Vital statistics of India. Vol. V, Reports of 1876 on armies & jails and on epidemic cholera
Year: 1876
Disease focus: Cholera
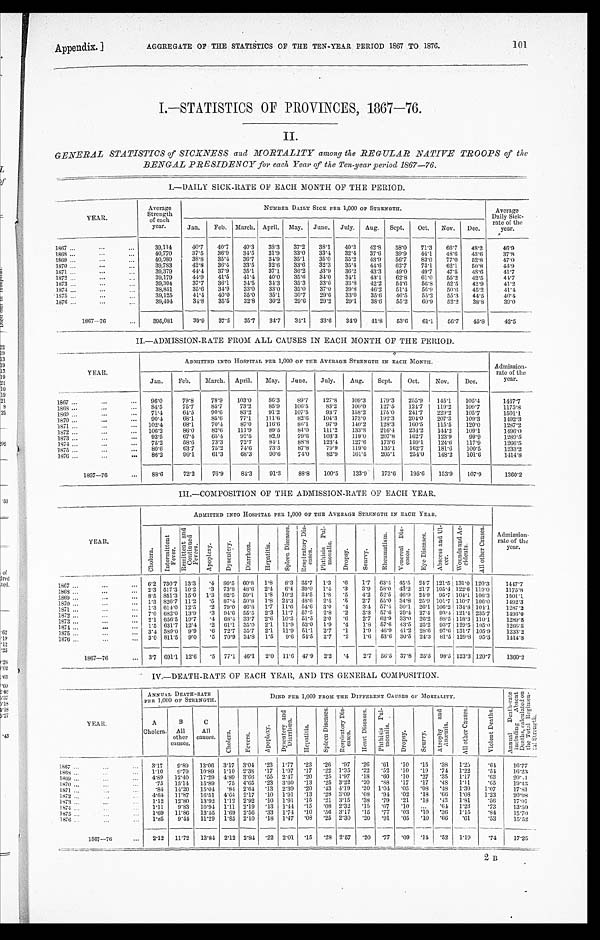
Appendix.] AGGREGATE OF THE STATISTICS OF THE TEN-YEAR PERIOD 1867 .TO 1876.101
I.—STATISTICS OF PROVINCES, 1867—76.
II.
GENERAL STATISTICS of SICKNESS and MORTALITY among the REGULAR NATIVE TROOPS of the
BENGAL PRESIDENCY for each Year of the Ten-year period 1867—76.
I.—DAILY SICK-RATE OF EACH MONTH OF THE PERIOD.
YEAR.
Average
Strength
of each
year.
NUMBER DAILY SICK PER 1,000 OP STRENGTH.
Average
Daily Sick-
rate of the
year.
Jan.
Feb.
March. April.
May.
June.
July.
Aug.
Sept.
Oct.
Nov.
Dec.
1867 . . .
39,114
40.7
40.7
40.3
38.3
37.2
38.1
40.3
42.8
58.0
71.3
66.7
48.2
46.9
1868 . . .
40,770
37.5
36.9
34.5
31.9
33.0
33.4
32.4
37.6
39.9
44.1
18.6
43.6
3 7 . 8
1869 . . .
40,080
38.8
35.4
36.7
34.9
35.1
35.0
35.2
43.9
56.7
83.0
77.0
52.8
47.0
1870 . . .
39,783
42.8
36.4
33.5
32.6
33.6
32.3
35.4
44.6
62.7
73.1
62.1
50.8
44.9
1871 . . .
39,379
44.4
37.9
35.1
37.1
36.2
33.9
36.2
43.3
49.0
49.7
47.5
48.6
4 1 . 7
1872 . . .
39,179
44.9
41.5
41.4
40.0
35.6
34.0
34.1
43.1
62.8
61.0
55.2
42.5
4 4 . 7
1873 . . .
39,304
37.7
36.1
34.5
34.3
35.3
33.6
33.8
42.2
54.6
56.8
52.5
42.9
4 1 . 2
1874 . . .
38,851
35.6
34.9
33.0
33.0
35.0
37.0
39.8
46.2
51.4
56.9
50.6
45.2
4 1 . 4
1875 . . .
39,125
41.4
40.0
35.0
35.1
30.7
29.6
33.0
35.6
46.5
55.2
55.3
44.5
4 0 . 4
1876 . . .
39,494
34.8
35.5
32.8
30.2
29.6
29.2
29.1
38.6
55.2
60.9
52.2
38.8
39.0
1867—76 . . .
395,081
39.9
37.5
35.7
34.7
34.1
33.6
34.9
41.8
53.6
61.1
56.7
45.8
42.5
II.—ADMISSION-RATE FROM ALL CAUSES IN EACH MONTH OF THE PERIOD.
YEAR.
ADMITTED INTO HOSPITAL PER 1,000 OF THE AVERAGE STRENGTH IN EACH MONTH.
Admission-
rate of the
year.
Jan.
Feb.
March.
April.
May.
June.
July.
Aug.
Sept.
Oct.
Nov.
Dec.
1867 . . .
9 6 . 0
79.8
78.9
103.0
86.3
89.7
127.8
109.3
179.3
255.9
145.1
105.4
1447.7
84.5
75.7
85.7
73.2
85.9
106.5
83.2
100.0
127.5
124.7
119.2
109.7
1175.8
1868 . . .
71.4
64.5
90.6
83.2
91.2
107.5
93.7
158.2
175.0
241.7
229.2
105.7
1501.1
1869 . . .
90.4
68.1
85.6
77.1
111.6
82.6
104.3
173.0
192.3
204.0
207.3
109.3
1492.3
1870 . . .
102.4
68.1
70.4
87.0
116.6
86.1
97.9
140.2
128.3
160.5
115.5
120.0
1287.2
1 8 7 1 . . .
106.2
86.0
82.6
111.9
89.5
84.0
111.2
133.8
216.4
234.2
144.2
109.1
1496.0
1872 . . .
93.5
67.4
65.4
92.5
82.9
79.6
103.3
119.0
207.8
162.7
123.9
99.9
1289.5
1873 . . .
75.2
58.0
73.3
72.7
84.1
88.8
123.4
127.6
173.6
159.1
124.6
117.9
1266.5
1874 . . .
80.6
63.7
75.2
74.6
73.3
87.8
79.9
119.0
135.1
162.7
181.6
100.5
1233.2
1 8 7 5 . . .
1876 . . .
86.2
90.1
61.3
68.3
90.6
74.0
82.9
161.5
205.1
254.0
148.2
101.6
1414.8
1867—76 . . .
88.6
72.2
76.9
84.3
91.3
88.8
100.5
133.9
173.6
195.6
153.9
107.9
1360.2
III.—COMPOSITION OF THE ADMISSION-RATE OF EACH YEAR.
Y E A R .
ADMITTED INTO HOSPITAL PER 1,000 OF THE AVERAGE STRENGTH IN EACH YEAR.
Admission-
rate of the y e a r .
C h o l e r a .
I n t e r mi t t e n t F e v e r .
R e m i t t e n t a n d C o n t i n u e d F e v e r s .
A p o p l e x y .
Dy s e n t e r y .
D i a r r h œ a .
H e p a t i t i s .
S p l e e n D i s e a s e s . R e s p i r a t o r y D i s - e a s e s .
P h t h i s i s P u l - m o n a l i s .
D r o p s y .
S c u r v y .
R h e u m a t i s m .
V e n e r e a l D i s - e a s e s .
E y e D i s e a s e s .
A b s c e s s a n d U l e e r .
Wo u n d s a n d A c - c i d e n t s .
A l l o t h e r C a u s e s .
1867 . . .
6.2 730.7 13.3
.4
80.5 60.8
1.8
8.3
35.7
1.3
.6
1.7 63.4 45.5
24.7 121.5 131.0 120.3
1447.7
2.3 517.3 10.2
.3
73.8 48.6
2.4
6.4
39.0
1.4
.3
3.9
58.0 43.2 21.7 105.4 122.6 119.0
1175.8
1868 . . .
8.5 851.3 15.0
1.3
82.5 59.1
1.8
10.2 34.5
1.8
.5
4.2
5 2 . 5 46.9 24.9
9 5 . 7 104. 1 106.3
1501.1
1869 . . .
1.3 826.7 11.2
.5
87.4 50.8
1. 8 24.3 48.6
2.4
.5
2.7
55.0 34.8 25.9 101.7 110.7 106.0
1 4 9 2 . 3
1870 . . .
1.3 614.0 12.5
.2
79.0 46.8
1.7
11.6
54.6
3.0
.4
3.4 57.4 30.1
26.1 106.2 134.8 104.1
1287.2
1871 . . .
7.0 682.0 13.9
.3
94.6 55.5
2.3
11.7
57.5
2.8
.2
3.3
57.6 29.4
27.4
9 3 . 4 121.4 235.7
1496.0
1872 . . .
2.1 656.5 19.7
.4
68.4 33.7
2.6
10.3 51.5
2.0
.6
2.7 62.9 33.0 26.2
88.5 118.3 110.1
1289.5
1873 . . .
1.5 631.7 12.4
.2
61.1
35.0
2.1
11.9
52.0
1.9
.4
1.8
57.6 43.5 25.2 93.7 129.5 105.0
1266.5
1874 . . .
3.4 589.0
9.9
. 6
72.7
35.7
2.1
11.9 51.1
2.7
.1
1.9 46.9 41.2 28.6 97.6 131.7 105.9
1233.2
1875. . .
3.0 811.5
9.0
.5
70.9 34.8
1.5
9.6
54.5
2.7
.2
1.6 53.6 30.5
24.3
81.5 129.8 95.3
1414.8
1876 . . .
1867—76 . . .
3.7 691.1 12.6 .5
77.1 46.1
2.0
11.6 47.9
2.2
. 4
2.7 56.5 37.8 25.5
98.5 123.3 120.7
1360.2
IV.—DEATH-RATE OF EACH YEAR, AND ITS GENERAL COMPOSITION.
YEAR.
ANNUALD E A T H - R A T E P E R 1 , 0 0 0 O F S T R E N G T H .
D I E D P E R 1 , 0 0 0 F R O M T H E D I F F E R E N T C A U S E S O F M O R T A L I T Y .
A n n u a l D e a t h - r a t e i n c l u d i n g A b s e n t D e a t h s , c a l c u l a t e d o n t h e T o t a l R e g i m e n - t a l S t r e n g t h .
A
Cholera.
B
All
other
causes.
C
All
causes.
C h o l e r a .
Fe v e r s .
A p o p l e x y .
D y s e n t e r y a n d D i a r r h œ a .
H e p a t i t i s .
S p l e e n D i s e a s e s .
R e s p i r a t o r y Di s - e a s e s .
H e a r t D i s e a s e s .
P h t h i s i s P u l - m o n a l i s .
D r o p s y .
S c u r v y .
A t r o p h y a n d A n æ m i a .
A l l o t h e r C a u s e s .
V i o l e n t D e a t h s .
1 8 6 7 . . .
3.17
9.89
13.06
3.17 3.04
.23
1.77 .23
.26
.97
. 2 6
.61
.10 .15
.38
1.25
. 64
16.77
1868. . . .
1.10
9.79
10.89
1.10 2.38
.17
1.97
.17
.22 1.35
. 2 2
.52
.10 .19
.74
1.22
. 5 4
16.23
1869 . . .
4.89
12.40
17.29
4.89 3.66 .55
2.47
.20
.25 1.97
. 1 8 .60
.10 .27
.35
1.17
. 6 3
2 0 . < i l l e g i b l e >
1870 . . .
.75
15.14
15.89
.75 4.65
.23
3.00
.13
.25 3.22
. 2 0 .88
.17 .17
.48
1.11
. 65
19.43
1871 . . .
.84
14.20
15.04
.84 2.64 .13
2.39
.20
.43 4.19
. 2 0 1.04
.05 .08
.48
1.30
1.07
17.81
4.64
11.87
16.51
4.64 2.17
.10
1.91
.13
.28 3.09
. 08 .94
.02 .18
.66
1.08
1.23
2 0 . 0 8
1872 . . .
1 8 7 3 . . .
1.12
12.80
13.92
1.12 2.92
.10
1.91
.15
.21 3.15
. 3 8
.79
.21 .18
.43
1.81
. 5 6
17.01
1.11
9.83
10.94 1.11
2.19 .13
1.44
.15
.08 2.32
. 15
. 6 7
.10
. . .
.64
1.23
. 7 3
13.50
1874 . . .
1875 . . .
1.69
11.86
13.55
1.69 2.56
.33
1.74 .10
.56 3.17
. 1 5
.77
.03 .10
.36
1.15
. 84
1 5 . 7 0
1876 . . .
1.85
9 . 4
11.29
1.85 2.10
.18
1.47 .08
.25 2.30
. 2 0 .91
.05 .10
.66
. 6 1
. 5 3
15.52
1867—76 . . .
2.12
11.72
13.84
2.12 2.84
.22
2.01
.15
.28 2.57
. 2 0 .77
.09 .14
.52
1.19
. 74
17.25
B